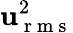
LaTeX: \mathbf{u}_{\mathrm{{~r~m~s~}}}^{2}